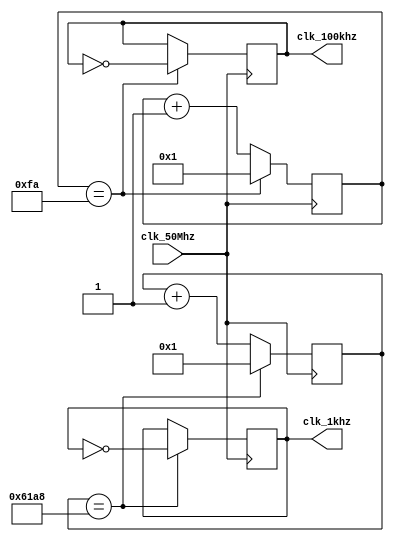
`timescale 1ns / 1ps
//////////////////////////////////////////////////////////////////////////////////
// Company: 
// Engineer: 
// 
// Design Name: 
// Module Name:    simClockDiv 
// Project Name: 
// Target Devices: 
// Tool versions: 
// Description: 
//
// Dependencies: 
//
// Revision: 
// Revision 0.01 - File Created
// Additional Comments: 
//
//////////////////////////////////////////////////////////////////////////////////
module simClockDiv(
    input clk_50Mhz,
    output reg clk_100khz = 1,
	 output reg clk_1khz = 1
    );

	reg [7:0] counter1 = 8'd0;
	reg [15:0] counter2 = 16'd0;
	always @(posedge clk_50Mhz)
	begin
		counter1 <= counter1 + 1;
		if(counter1 ==250) begin //efectively divide by 500
			counter1 <= 1;
			clk_100khz <= ~clk_100khz; 
		end
		
		counter2 <= counter2 + 1;
		if(counter2 ==25000) begin //efectively divide by 50000
			counter2 <= 1;
			clk_1khz <= ~clk_1khz; 
		end
	end

endmodule